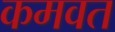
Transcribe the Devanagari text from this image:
कमवत